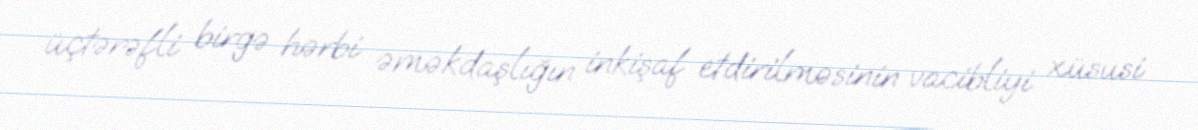
üçtərəfli birgə hərbi əməkdaşlığın inkişaf etdirilməsinin vacibliyi xüsusi